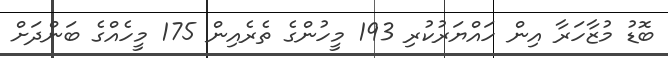
ބޮޑު މުޒާހަރާ އިން ހައްޔަރުކުރި 193 މީހުންގެ ތެރެއިން 175 މީހެއްގެ ބަންދަށް